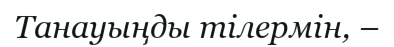
Танауыңды тiлермiн, –